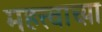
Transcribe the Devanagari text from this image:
महत्त्वाच्य़ा